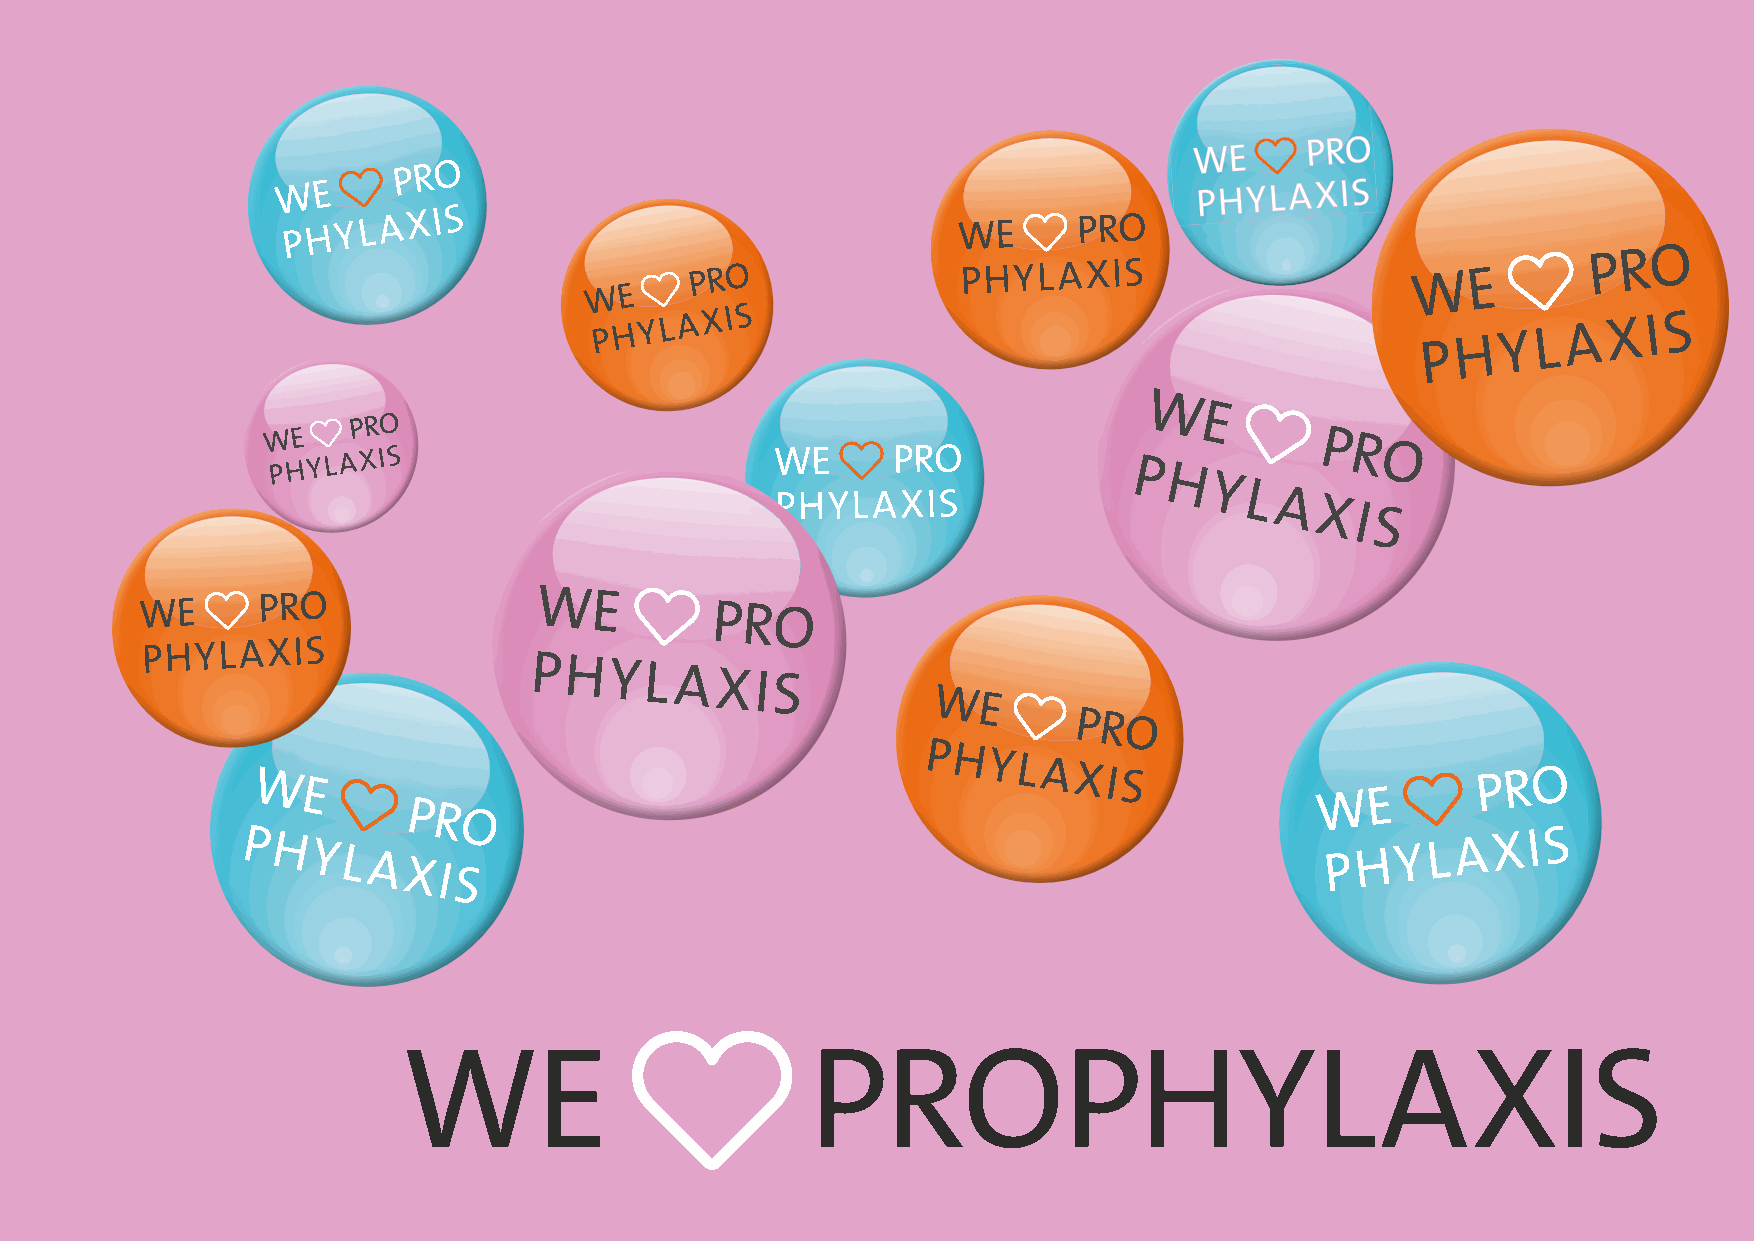
WE                         PROPHYLAXIS